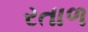
રતાળ